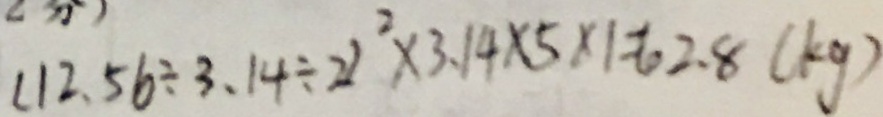
( 1 2 . 5 6 \div 3 . 1 4 \div 2 ) ^ { 2 } \times 3 . 1 4 \times 5 \times 1 = 6 2 . 8 ( k g )